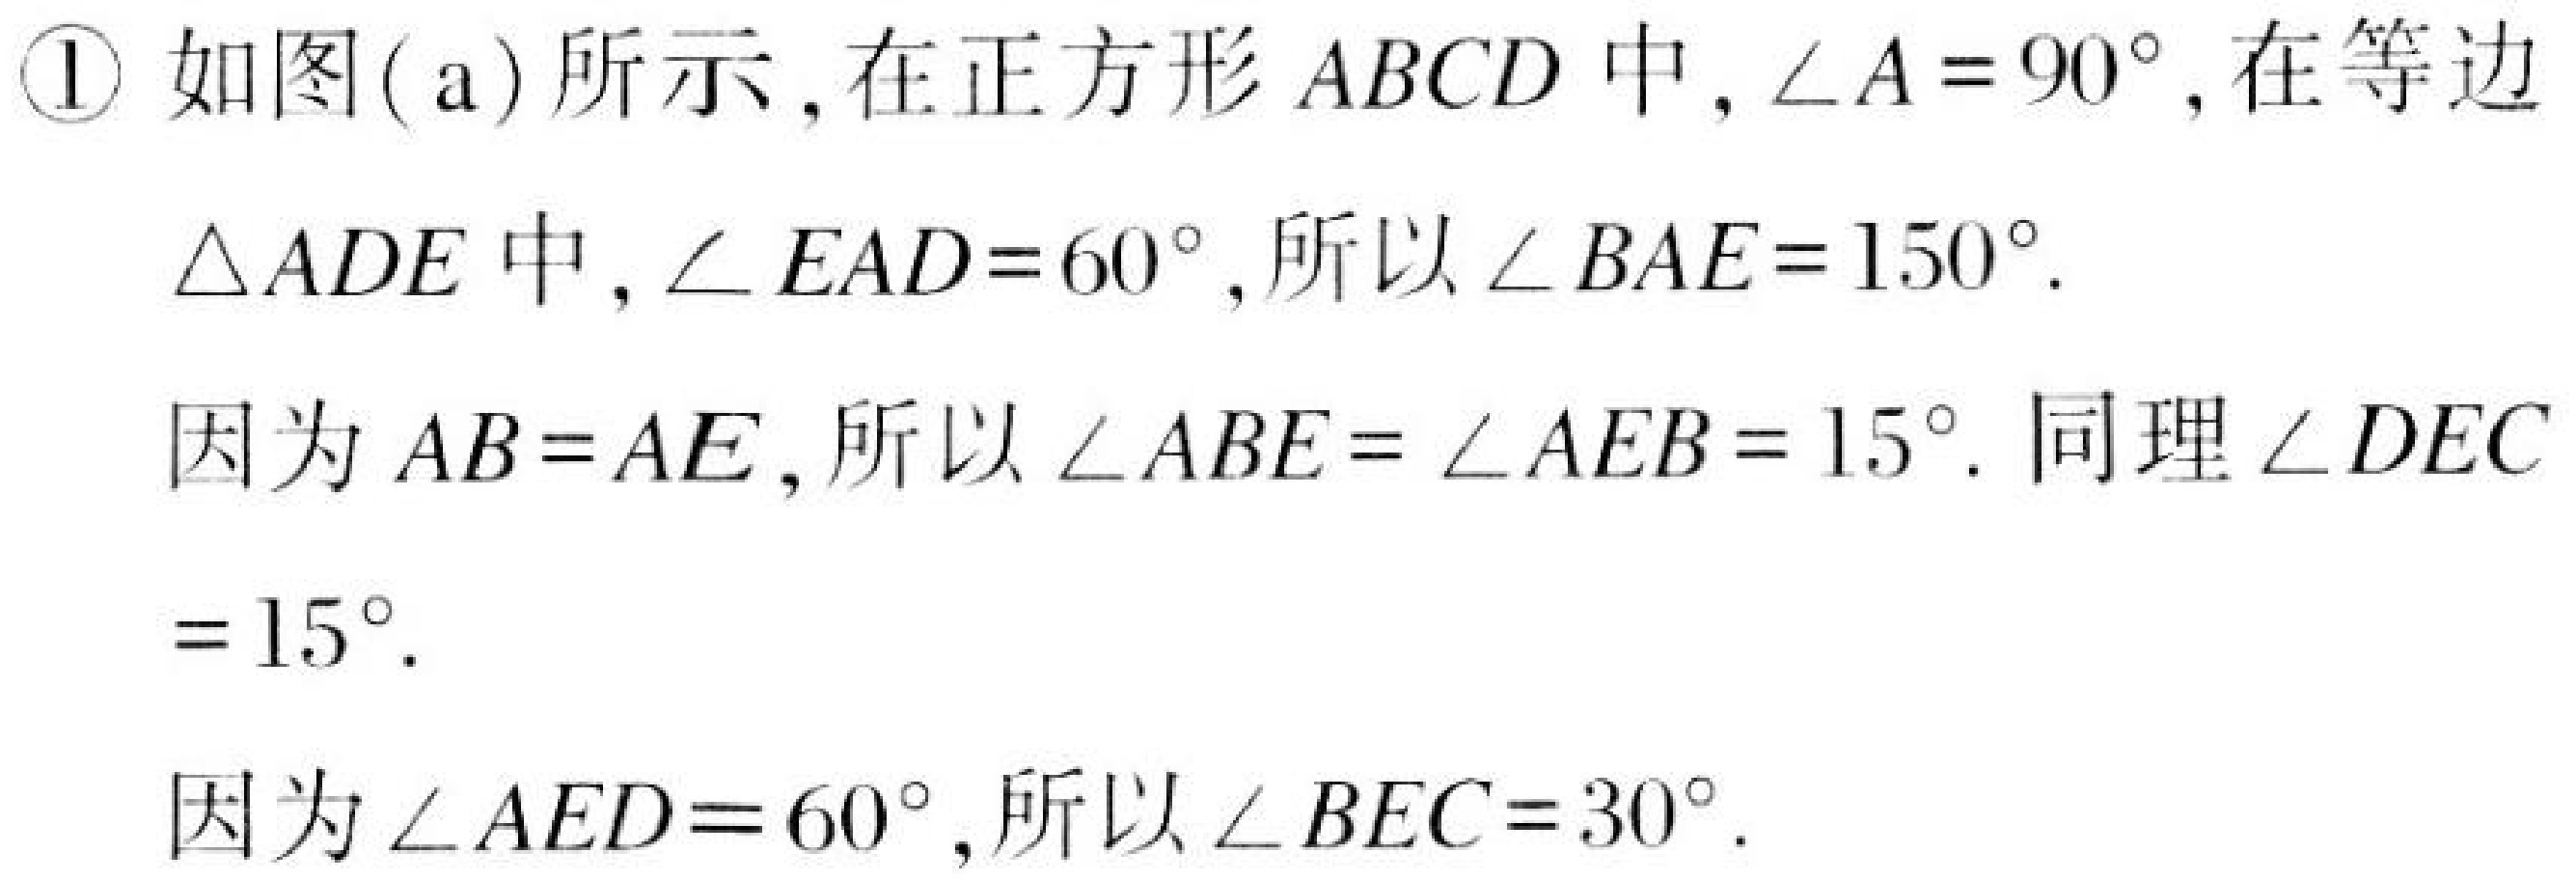
\textcircled{1} 如图(a)所示，在正方形\(ABCD\)中，\(\angle A = 90^{\circ}\)，在等边\(\triangle ADE\)中，\(\angle EAD = 60^{\circ}\)，所以\(\angle BAE = 150^{\circ}\)．
因为\(AB = AE\)，所以\(\angle ABE = \angle AEB = 15^{\circ}\)．同理\(\angle DEC= 15^{\circ}\)．
因为\(\angle AED = 60^{\circ}\)，所以\(\angle BEC = 30^{\circ}\)．